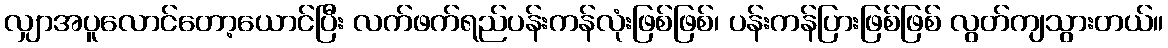
လျှာအပူလောင်တော့ယောင်ပြီး လက်ဖက်ရည်ပန်းကန်လုံးဖြစ်ဖြစ်၊ ပန်းကန်ပြားဖြစ်ဖြစ် လွတ်ကျသွားတယ်။